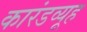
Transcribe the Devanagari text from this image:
कारंडव्यूह